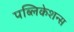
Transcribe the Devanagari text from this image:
पब्‍लिकेशन्‍स